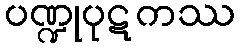
ပဏ္ဍုပုဋကဿ